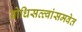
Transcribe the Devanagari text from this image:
बोधिसत्त्वांसमवेत